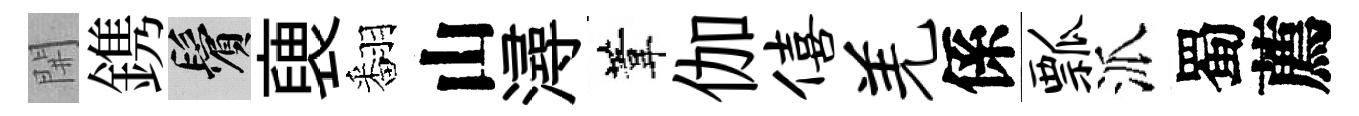
𨳩鎸鬢褏翻山潯葦伽僖羌係瓢派蜀薦